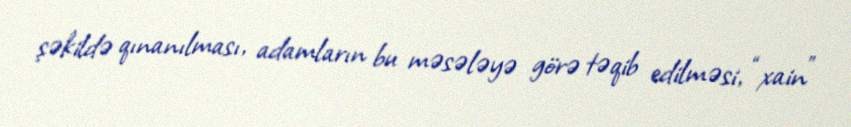
şəkildə qınanılması, adamların bu məsələyə görə təqib edilməsi, “xain”